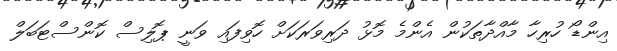
އިންޑޯ ހުރިހާ މާއްދާތަކުން އެންމެ މޮޅު ދަރިވަރަކަށް ހޮވިފައި ވަނީ ޕޮލިސް ކޮންސްޓަބަލް